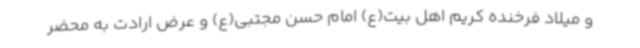
و میلاد فرخنده کریم اهل بیت(ع) امام حسن مجتبی(ع) و عرض ارادت به محضر